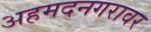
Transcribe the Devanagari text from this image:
अहमदनगरावर